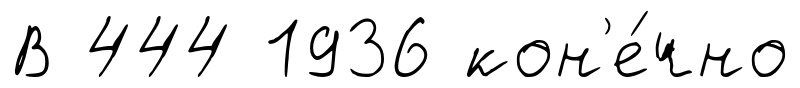
В 444 1936 кон'е́чно